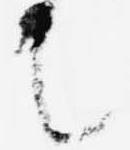
之